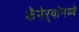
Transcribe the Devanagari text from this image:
कॅमेऱ्यांमध्ये